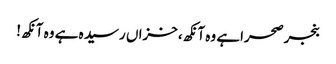
بنجرصحراہے وہ آنکھ،خزاں رسید ہ ہے وہ آنکھ!